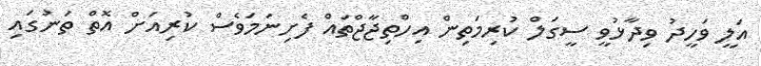
އަލީ ވަހީދު ވިދާޅުވީ ސީގަލް ކުރިމަތިން އިހްތިޖާޖްތައް ފެށިނަމަވެސް ކުރިއަށް އޮތް ތަނުގައި